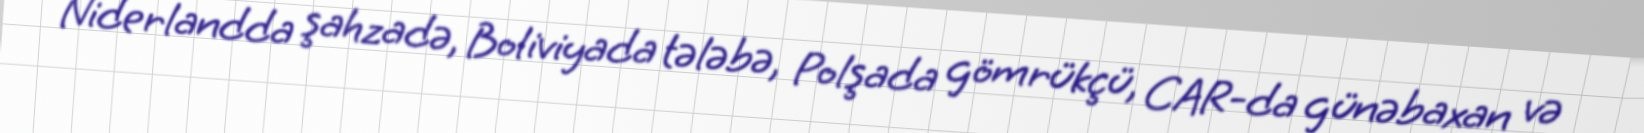
Niderlandda şahzadə, Boliviyada tələbə, Polşada gömrükçü, CAR-da günəbaxan və